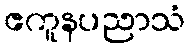
ဧကူနပညာသံ